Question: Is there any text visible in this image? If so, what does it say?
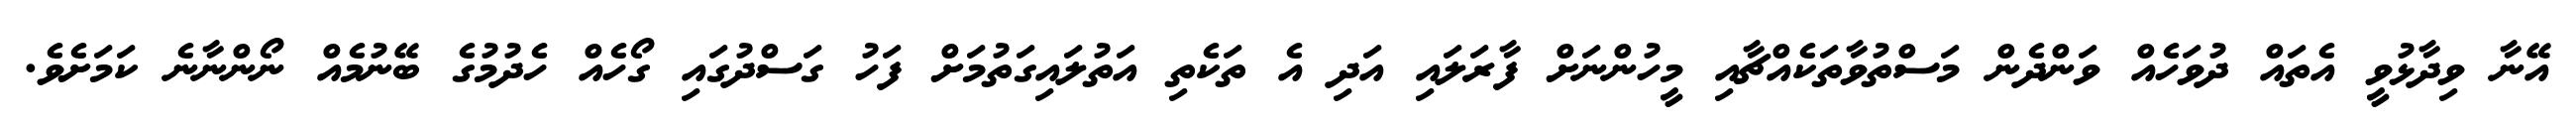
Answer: އޭނާ ވިދާޅުވީ އެތައް ދުވަހެއް ވަންދެން މަސްތުވާތަކެއްޗާއި މީހުންނަށް ފާރަލައި އަދި އެ ތަކެތި އަތުލައިގަތުމަށް ފަހު ގަސްދުގައި ގޯހެއް ހެދުމުގެ ބޭނުމެއް ނޯންނާނެ ކަމަށެވެ.